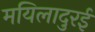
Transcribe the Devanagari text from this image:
मयिलादुरई